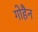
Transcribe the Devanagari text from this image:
गोहैन